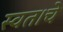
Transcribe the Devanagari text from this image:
स्वत।चे